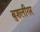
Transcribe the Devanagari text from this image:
बुशलीगर